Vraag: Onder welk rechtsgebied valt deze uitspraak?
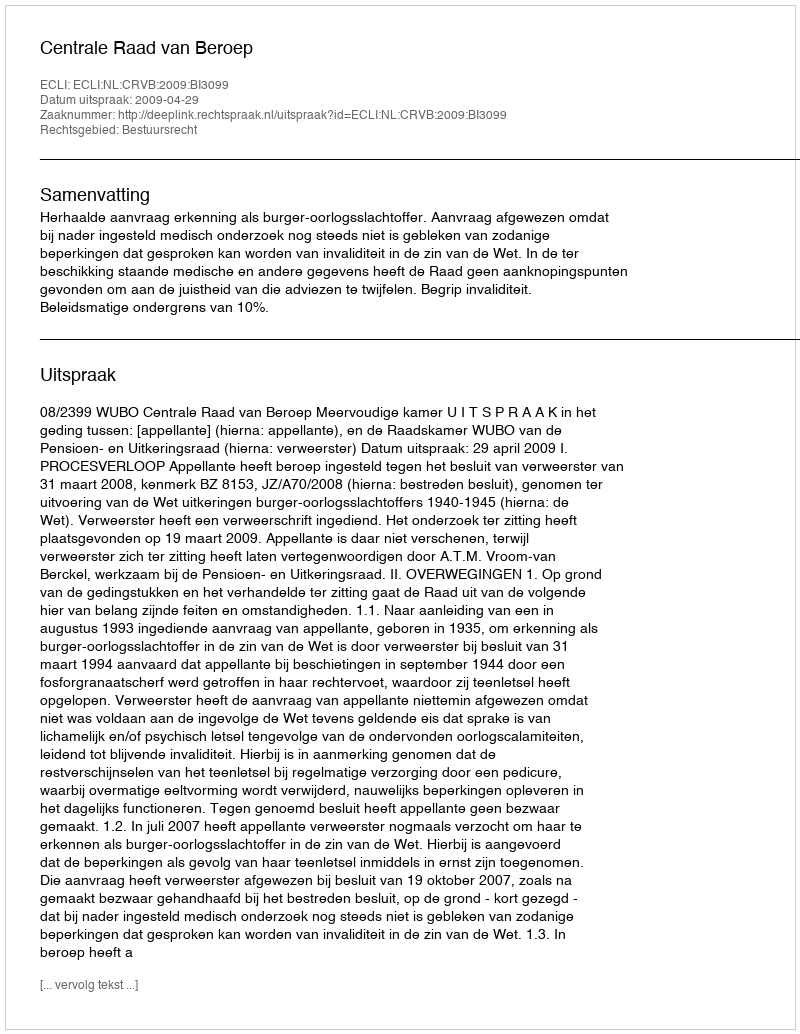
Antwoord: Bestuursrecht